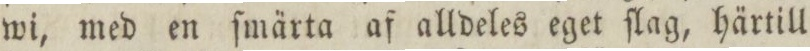
wi, med en ſmärta af alldeles eget ſlag, härtill